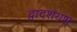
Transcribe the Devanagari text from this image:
द्वादशयश